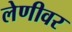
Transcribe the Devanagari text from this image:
लेणीवर